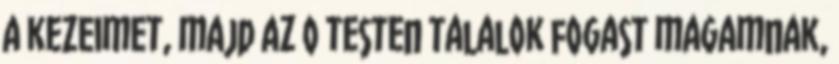
a kezeimet, majd az o testen talalok fogast magamnak,